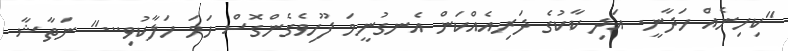
"ކިހިނެއް ހަދާނީ. އަދި ކާކުގެ ދަރިއެއްކަން އެނގުނީމަ ފޫހިވެގެންގޮސް ހަމަ ހަލާކުވި..." ނަތާޝާ